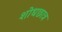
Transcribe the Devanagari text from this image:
शोधछात्र